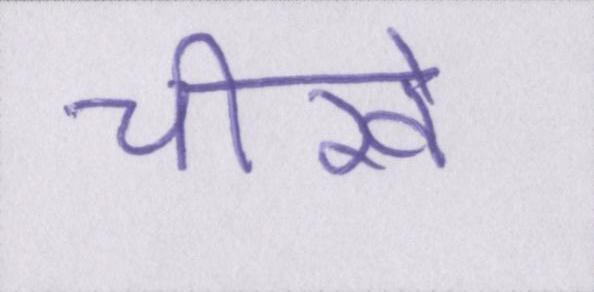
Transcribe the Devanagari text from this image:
चीखें